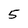
Character: 5